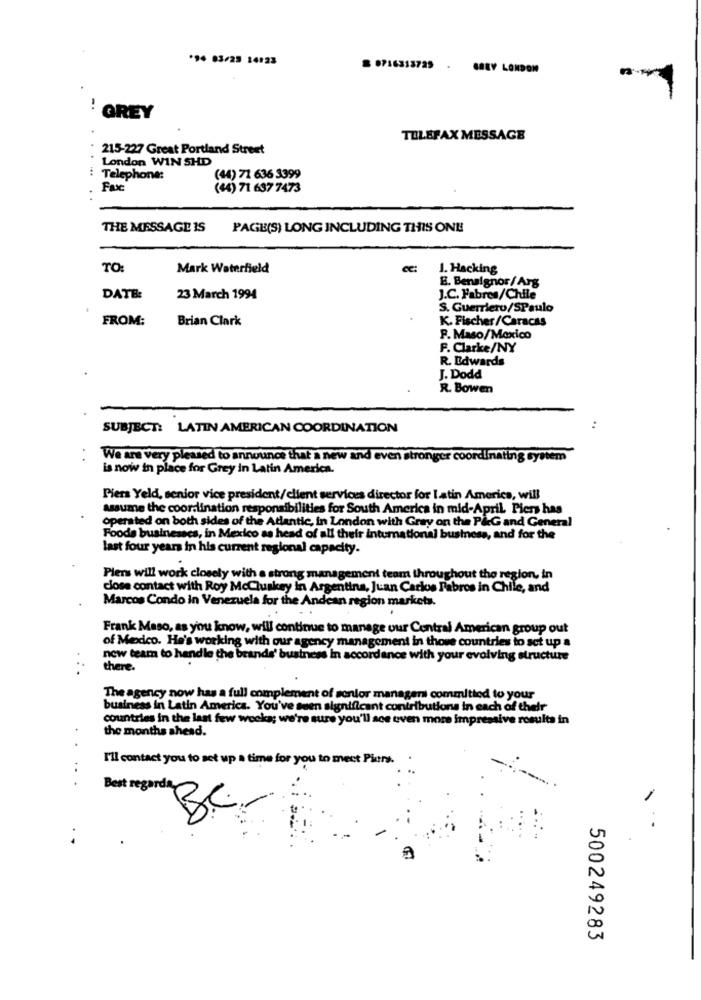
*94 03/25 14123
S 0716313729 - GAEV LONDON
! GREY
TELEFAX MESSAGE
215-227 Great Portland Street
London WIN SHD
: Telephone:
(44) 71 636 3399
(44) 71 637 7473
THE MESSAGE IS
PAGE(S) LONG INCLUDING THIS ONE
TO:
Mark Waterfield
1. Hacking
E. Bensignor/Arg
DATE:
23 March 1994
J.C. Fabres/Chile
S. Guerriero/SPaulo
FROM:
Brian Clark
K. Fischer/Caracas
P. Maso/Mexico
F. Clarke/NY
R. Edwards
J. Dodd
R. Bowen
SUBJECT: LATIN AMERICAN COORDINATION
We are very pleased to announce that a new and even stronger coordinating system
is now in place for Grey in Latin America.
Piers Yeld, senior vice president/client services director for latin America, will
assume the coordination responsibilities for South America in mid-April. Piers has
operated on both sides of the Atlantic, in London with Gray on the P&G and General
Foode businesscs, in Mexico as head of all their international business, and for the
last four years in his current regional capacity.
Piers will work closely with a strong management team throughout the region, in
close contact with Roy Mccluskey in Argentina, Juan Carlos Fabros in Chile, and
Marcos Condo in Venezuela for the Andcan region markets.
Frank Maso, as you know, will continue to manage our Central American group out
of Medico. He's working with our agency management in those countries to set up a
new team to handle the brands' business In accordance with your evolving structure
..
there.
The agency now has a full complement of sonfor managen committed to your
business in Latin America. You've seen significant contributions in each of their
countries in the last few weeks; we're sure you'll sce even more impressive results in
the months ahead.
.
I'll contact you to set up a time for you to meet Piers.
...
Best regards
BC
500249283